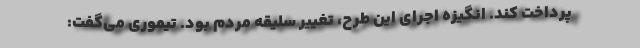
پرداخت کند. انگیزه اجرای این طرح، تغییر سلیقه مردم بود. تیموری می‌گفت: